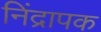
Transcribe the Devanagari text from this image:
निंद्रापक